38_143685_box7_Incident_Summaries_1-100
Agency: Department of War
Page 154
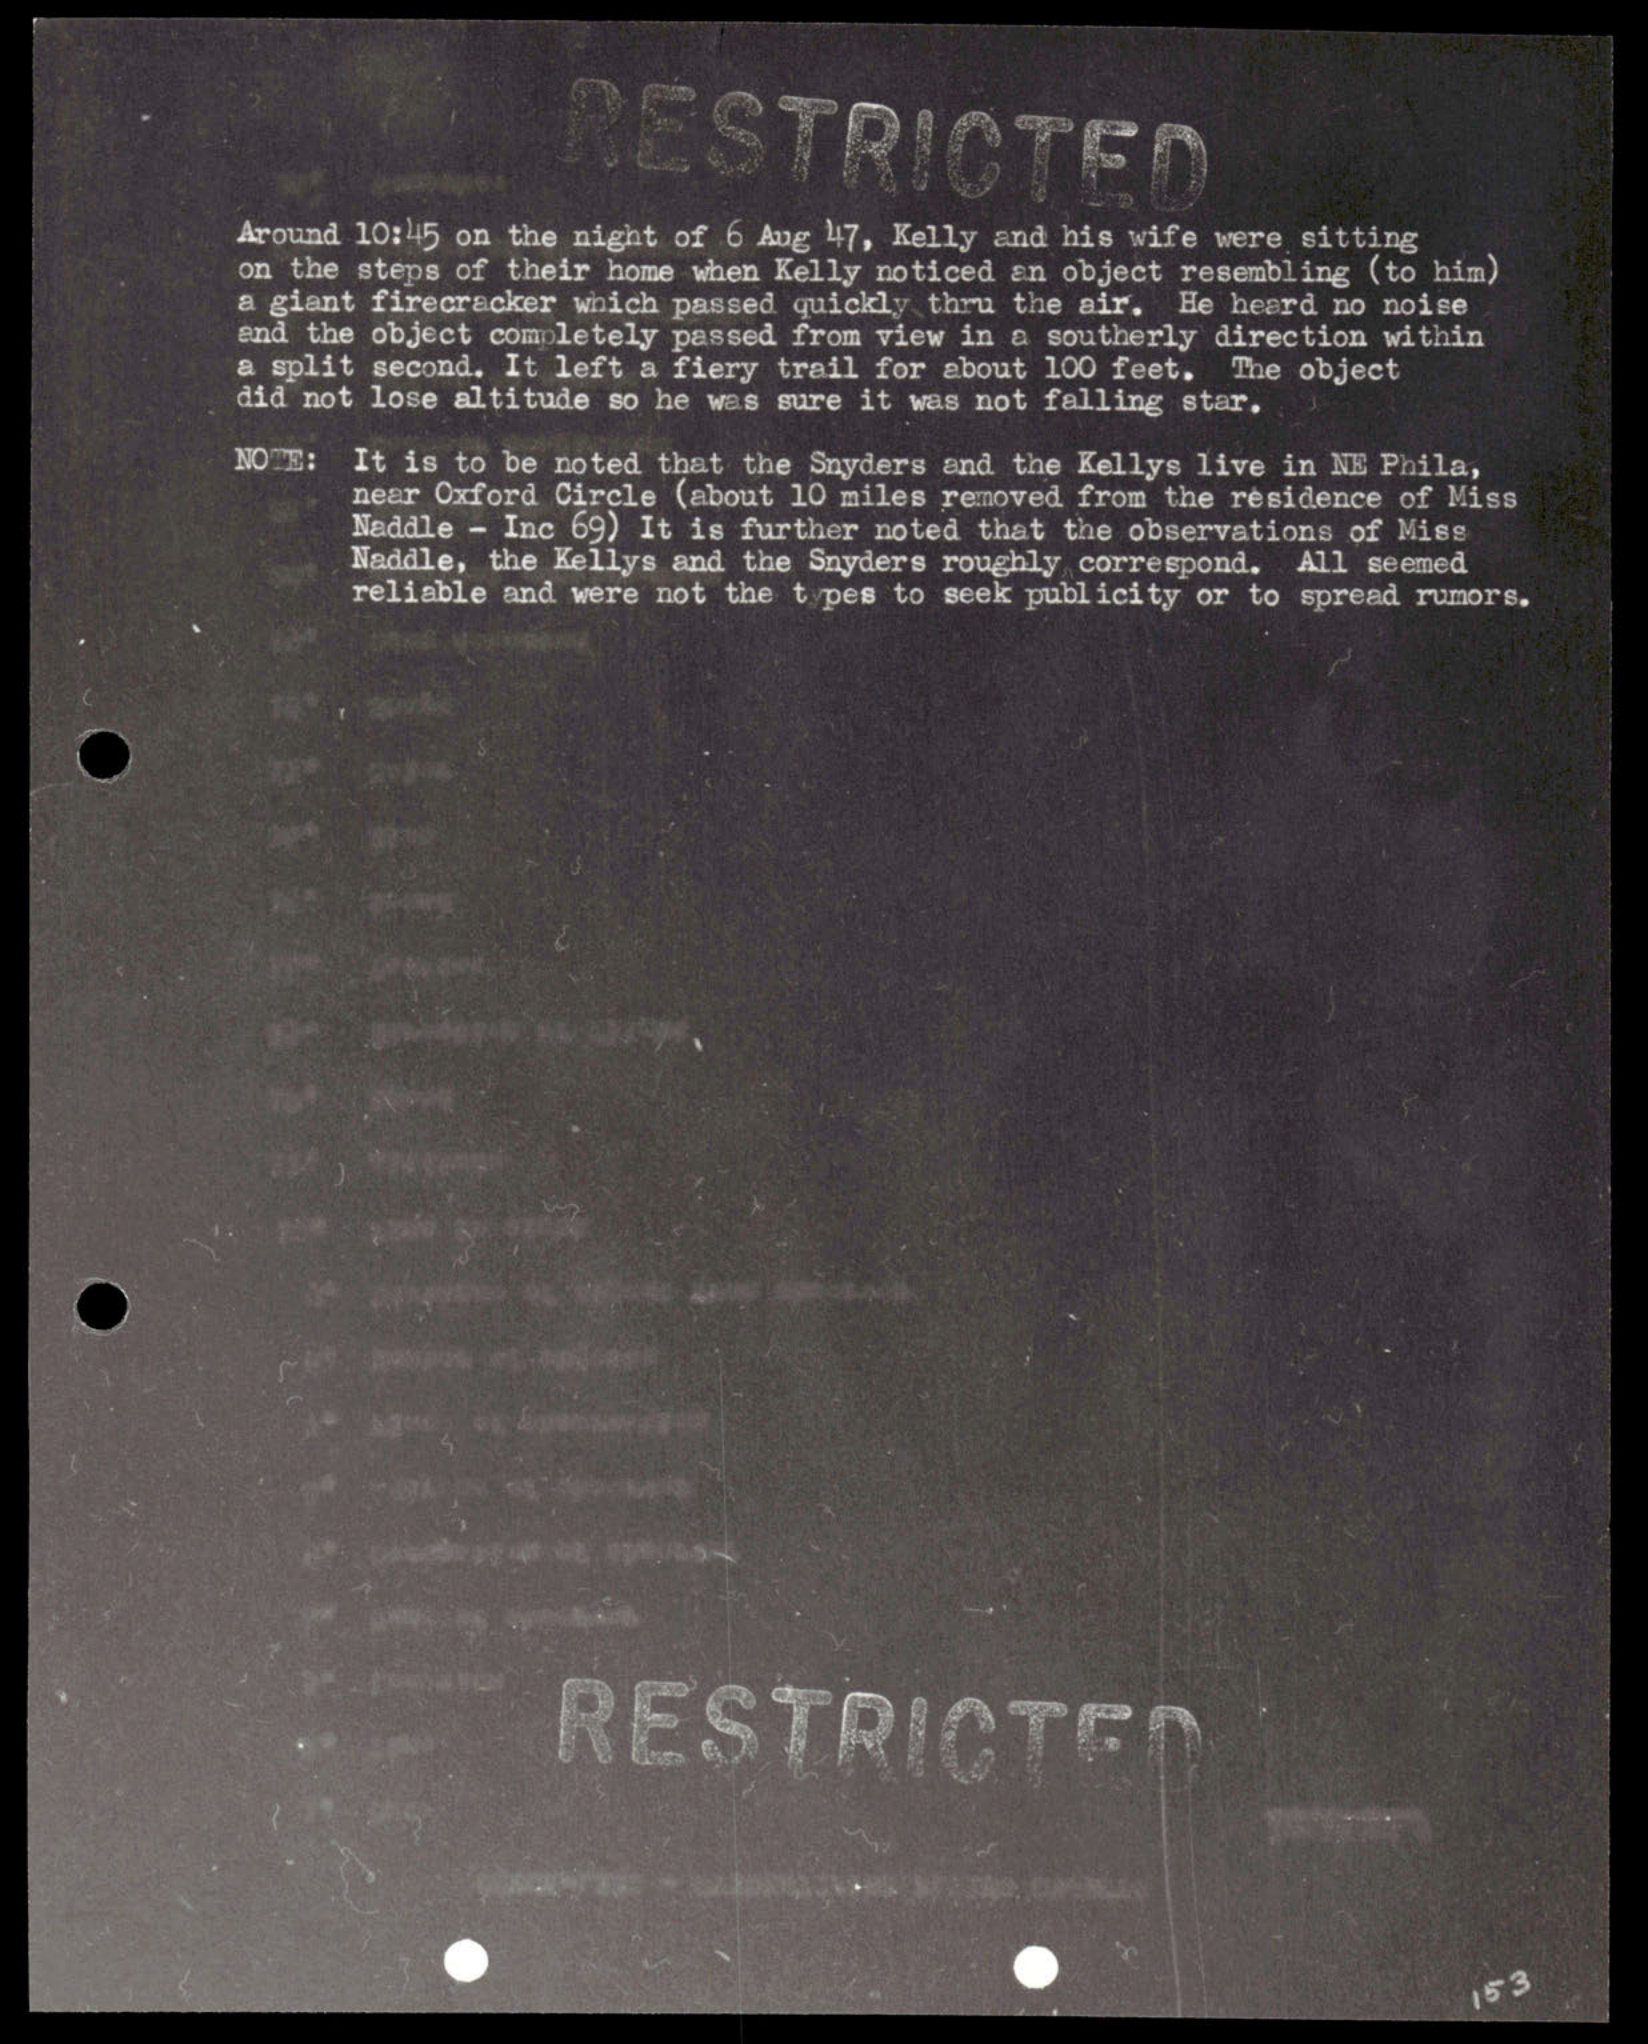